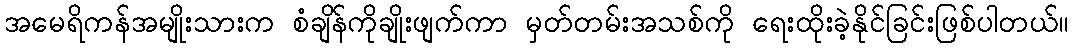
အမေရိကန်အမျိုးသားက စံချိန်ကိုချိုးဖျက်ကာ မှတ်တမ်းအသစ်ကို ရေးထိုးခဲ့နိုင်ခြင်းဖြစ်ပါတယ်။